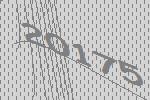
20175